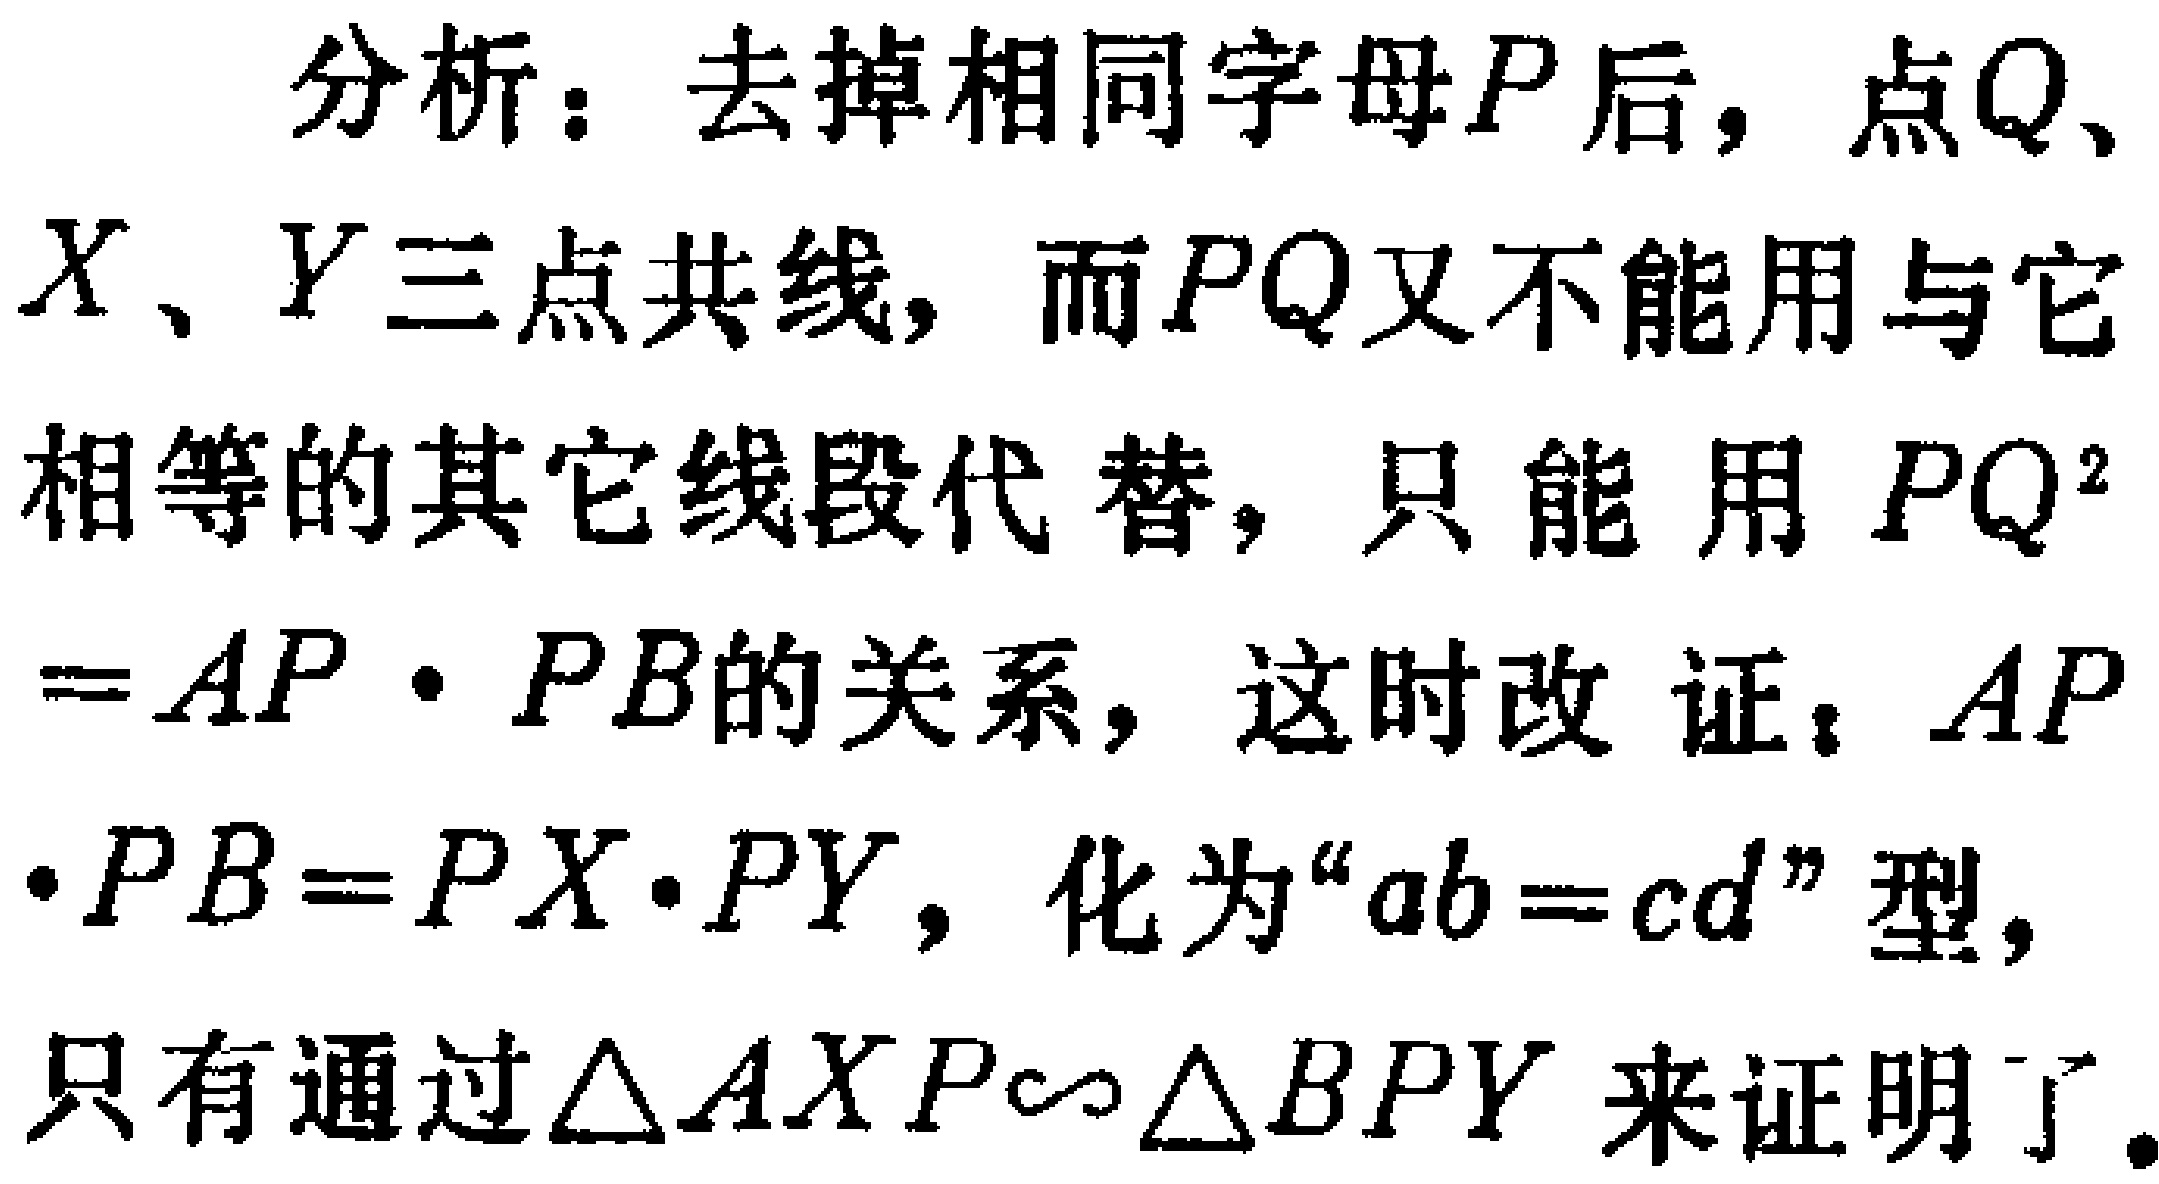
分析：去掉相同字母\(P\)后，点\(Q\)、\(X\)、\(Y\)三点共线，而\(PQ\)又不能用与它相等的其它线段代替，只能用\(PQ^{2}=AP\cdot PB\)的关系，这时改证：\(AP\cdot PB = PX\cdot PY\)，化为“\(ab = cd\)”型，只有通过\(\triangle AXP\sim\triangle BPY\)来证明了。